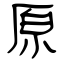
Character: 原